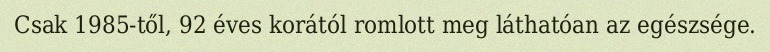
Csak 1985-től, 92 éves korától romlott meg láthatóan az egészsége.